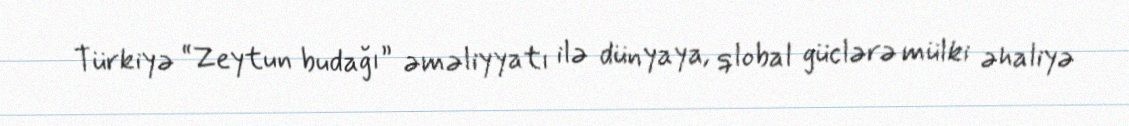
Türkiyə “Zeytun budağı” əməliyyatı ilə dünyaya, qlobal güclərə mülki əhaliyə